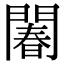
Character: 䦮